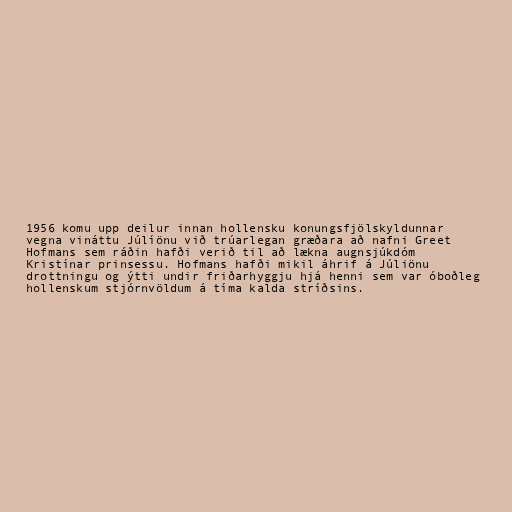
1956 komu upp deilur innan hollensku konungsfjölskyldunnar
vegna vináttu Júlíönu við trúarlegan græðara að nafni Greet
Hofmans sem ráðin hafði verið til að lækna augnsjúkdóm
Kristínar prinsessu. Hofmans hafði mikil áhrif á Júliönu
drottningu og ýtti undir friðarhyggju hjá henni sem var óboðleg
hollenskum stjórnvöldum á tíma kalda stríðsins.